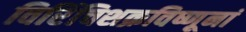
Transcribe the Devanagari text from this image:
विरिंचिशक्रविष्णूनां